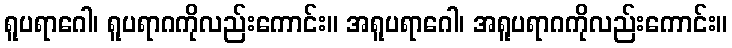
ရူပရာဂေါ၊ ရူပရာဂကိုလည်းကောင်း။ အရူပရာဂေါ၊ အရူပရာဂကိုလည်းကောင်း။